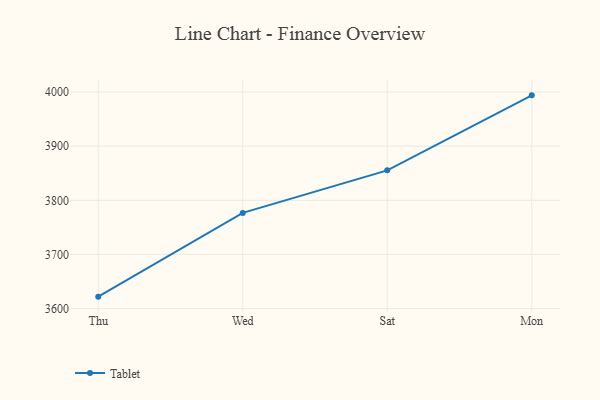
{"axis": {"x": "Day", "y": "Shipments"}, "legend": ["Tablet"], "data": [{"x": "Thu", "y": 3622.1, "type": "Tablet"}, {"x": "Wed", "y": 3776.8, "type": "Tablet"}, {"x": "Sat", "y": 3855.4, "type": "Tablet"}, {"x": "Mon", "y": 3993.9, "type": "Tablet"}]}